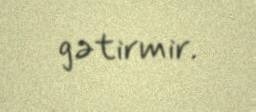
gətirmir.